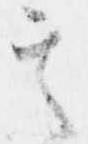
其